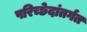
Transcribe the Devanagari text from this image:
परिच्छेदांतर्गत